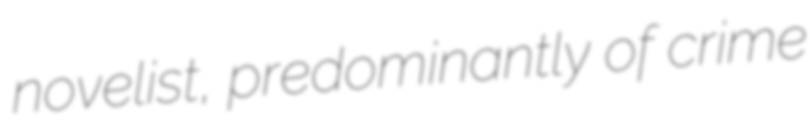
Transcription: novelist, predominantly of crime